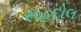
સહદોલ